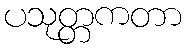
ပသုတ္တကတာ